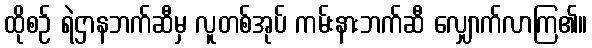
ထိုစဉ် ရဲဌာနဘက်ဆီမှ လူတစ်အုပ် ကမ်းနားဘက်ဆီ လျှောက်လာကြ၏။